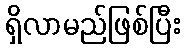
ရှိလာမည်ဖြစ်ပြီး